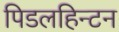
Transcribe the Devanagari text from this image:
पिडलहिन्टन